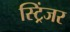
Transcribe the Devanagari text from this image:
स्ट्रिंजर